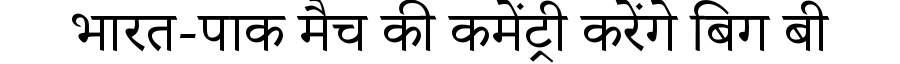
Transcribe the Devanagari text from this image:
भारत-पाक मैच की कमेंट्री करेंगे बिग बी